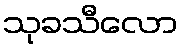
သုခသီလော